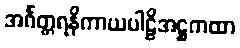
အင်္ဂတ္တရနိကာယပါဠိအဋ္ဌကထာ